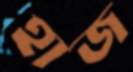
হাজ